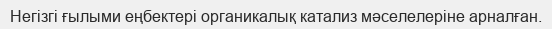
Негізгі ғылыми еңбектері органикалық катализ мәселелеріне арналған.